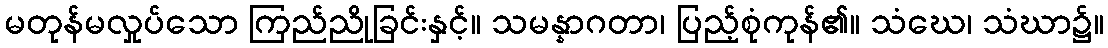
မတုန်မလှုပ်သော ကြည်ညိုခြင်းနှင့်။ သမန္နာဂတာ၊ ပြည့်စုံကုန်၏။ သံဃေ၊ သံဃာ၌။